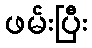
ဖမ်းပြီး